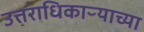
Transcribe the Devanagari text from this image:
उत्तराधिकाऱ्याच्या